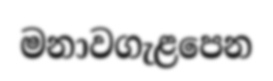
මනාවගැළපෙන